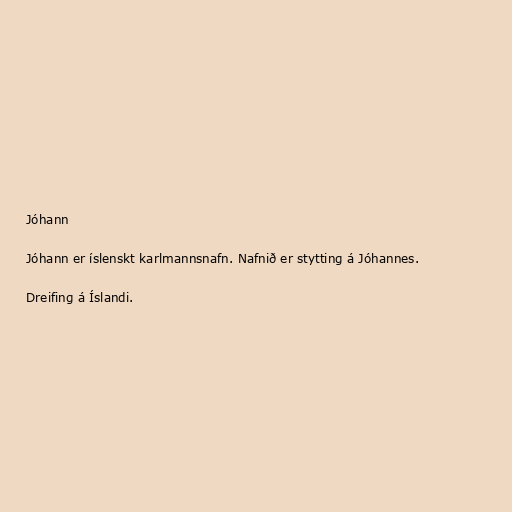
Jóhann

Jóhann er íslenskt karlmannsnafn. Nafnið er stytting á Jóhannes.

Dreifing á Íslandi.